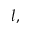
l ,